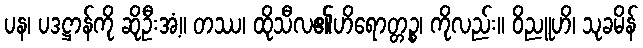
ပန၊ ပဒဋ္ဌာန်ကို ဆိုဦးအံ့။ တဿ၊ ထိုသီလ၏ဟိရောတ္တဉ္စ၊ ကိုလည်း။ ဝိညူဟိ၊ သုခမိန်